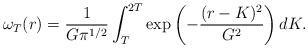
LaTeX: \begin{align*}\omega_T(r)=\frac{1}{G\pi^{1/2}}\int_T^{2T}\exp\left(-\frac{(r-K)^2}{G^2}\right)dK.\end{align*}